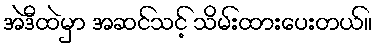
အဲဒီထဲမှာ အဆင်သင့် သိမ်းထားပေးတယ်။